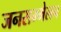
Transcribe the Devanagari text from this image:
जनसम्मेलन